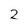
Character: 2